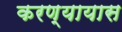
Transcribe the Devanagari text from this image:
करण्यायास